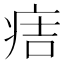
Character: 𤵹